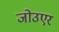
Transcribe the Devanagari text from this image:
जोउएर